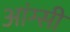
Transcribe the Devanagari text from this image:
आंग्सी